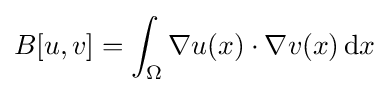
B[u,v]=\int _{\Omega }\nabla u(x)\cdot \nabla v(x)\,\mathrm {d} x